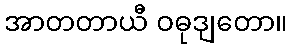
အာတတာယီ ဝဓုဒျတော။